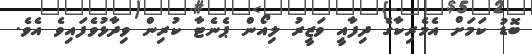
ބޮޑު ކަމަށް އެމެރިކާގެ ދިފާއީ ވަޒީރު ލިއޯން ޕެނެޓާ ކުރިން ވިދާޅުވެފައިވެ އެވެ.